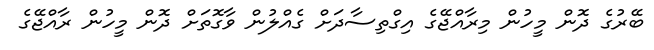
ބޭރުގެ ދޮން މީހުން މިރާއްޖޭގެ އިގްތިސާދަށް ގެއްލުން ވާގޮތަށް ދޮން މީހުން ރާއްޖޭގެ